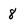
Character: 8